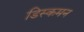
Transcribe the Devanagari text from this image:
डिस्कमन